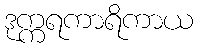
ဒုက္ကရကာရိကာယ